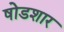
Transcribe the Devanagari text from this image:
षोडशार